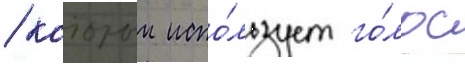
/ которыи испо́льзует го́лос